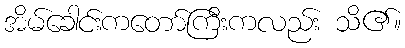
အိမ်ခေါင်းကတော်ကြီးကလည်း သိ၏။